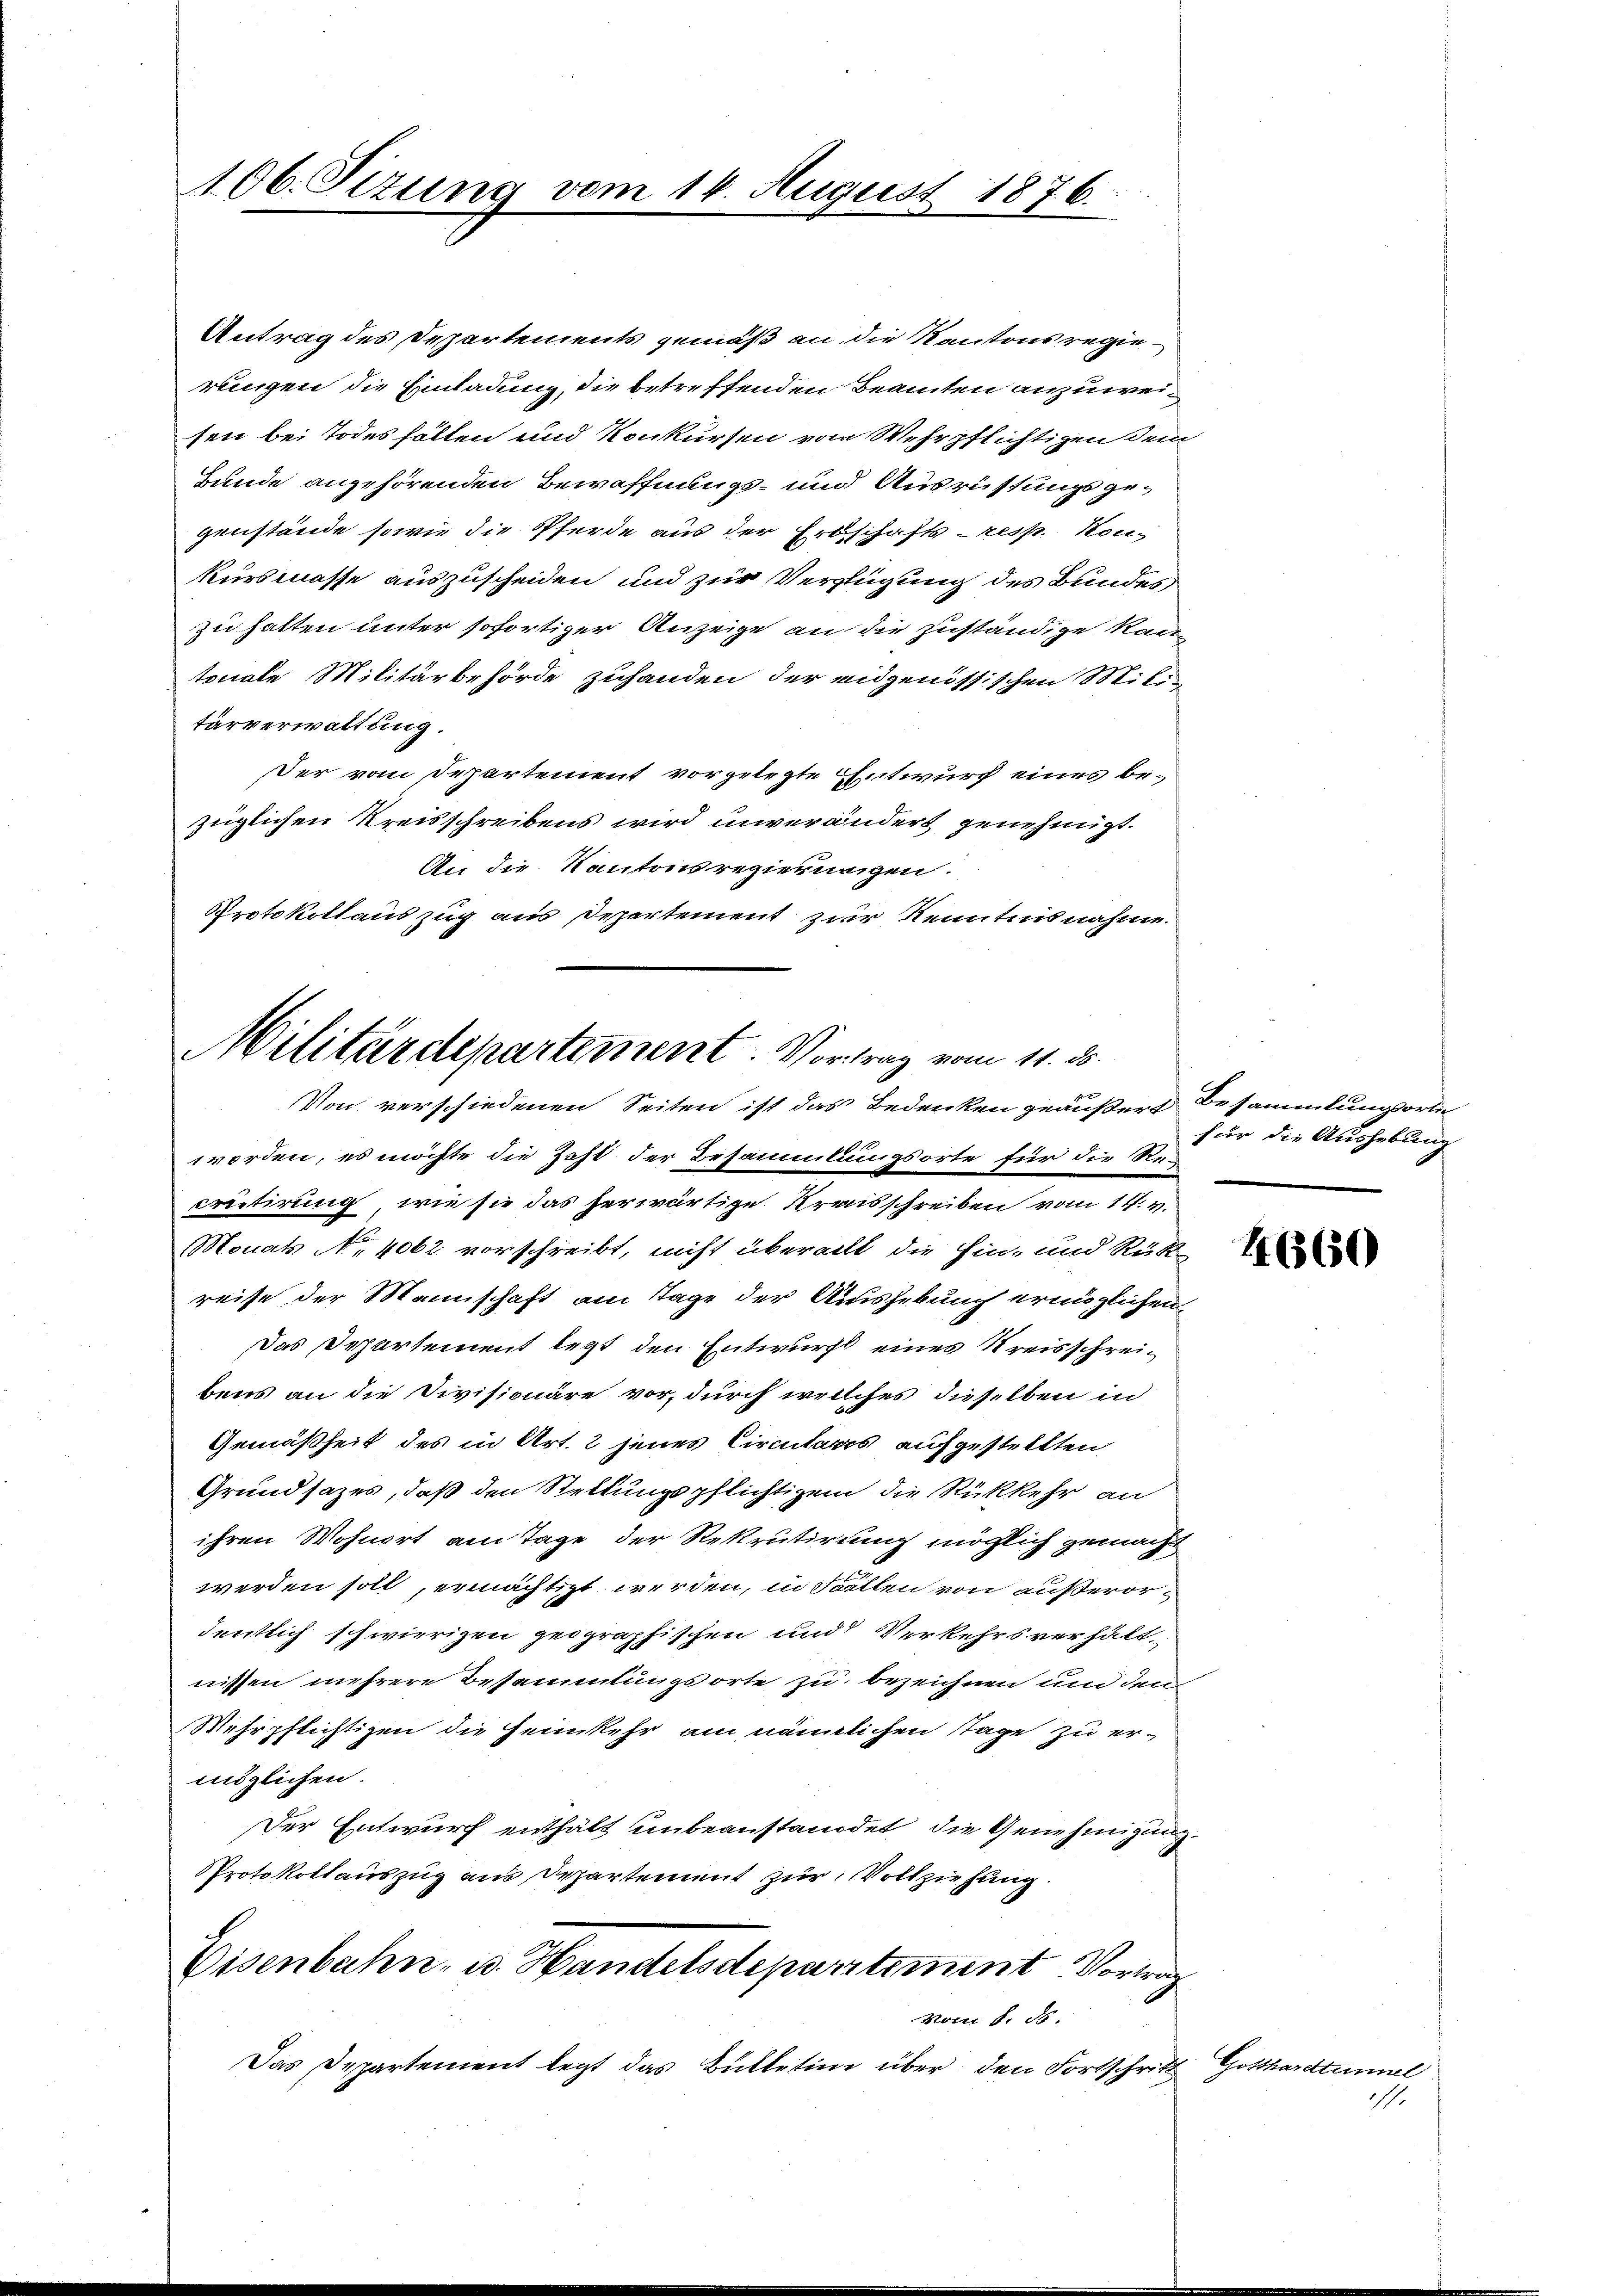
106. Sizung vom 14. August 1876.

Antrag des Departements gemäß an die Kantons regierungen die Einladung, die betreffenden Beamten anzuweisen bei Todesfällen und Konkursen vom Wehrpflichtigen dem
Bunde angehörenden Bewaffnungs- und Ausrüstungsgegenstände sowie die Pferde aus der Erbschafts- resp. Kon-
kursmasse auszuscheiden und zur Verfügung des Bundeszu halten unter sofortiger Anzeige an die zuständige Kantonale Militärbehörde zuhanden der eidgenössischen Mittärverwaltung.
Der vom Departement vorgelegte Entwurf eines bezüglichen Kreisschreibens wird unverändert genehmigt.
An die Kantonsregierungen.
Protokollauszug aus Departement zur Kenntnisnahme.
Militärdepartement. Vortrag vom 11. ds.

Von verschiedenen Seiten ist das Bedenken geäußert Besammlungsorte
worden, es möchte die Zahl der Besammlungsorte für die Recretirung, wie sie das herwärtige Kreisschreiben vom 14. v.
Monats No 4062 vorschreibt, nicht überall die Ein- und Rükreise der Mannschaft am Tage der Aushebung ermöglichen
Das Departement legt den Entwurf eines Kreisschreibens an die Divisionäre vor, durch welches dieselben in
Gemäßheit des in Art. 2 jenes Circulares aufgestellten,
Grundsazes, daß den Stellungspflichtigem die Rückkehr an
ihren Wohnort am Tage der Rekrutirung möglich gemacht
werden soll, ermächtigt werden, in Fällen von außerordentlich schwierigen geographischen und Verkehrsverhältnissen mehrere Besammlungsorte zu bezeichnen und den
Wehrpflichtigen die Heimkehr am nämlichen Tage zu ermöglichen.
Der Entwurf enthält unbeanstandet, die Genehmigung
Protokollauszug aus Departement zur Vollziehung
Eisenbahn- u. Handelsdepartement Vortrag
vom 8. ds.
Das Departement legt das Bülletini über den Fortschritt

für die Aushebung

4660

Gottharettennel
.